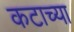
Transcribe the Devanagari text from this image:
कटाच्या